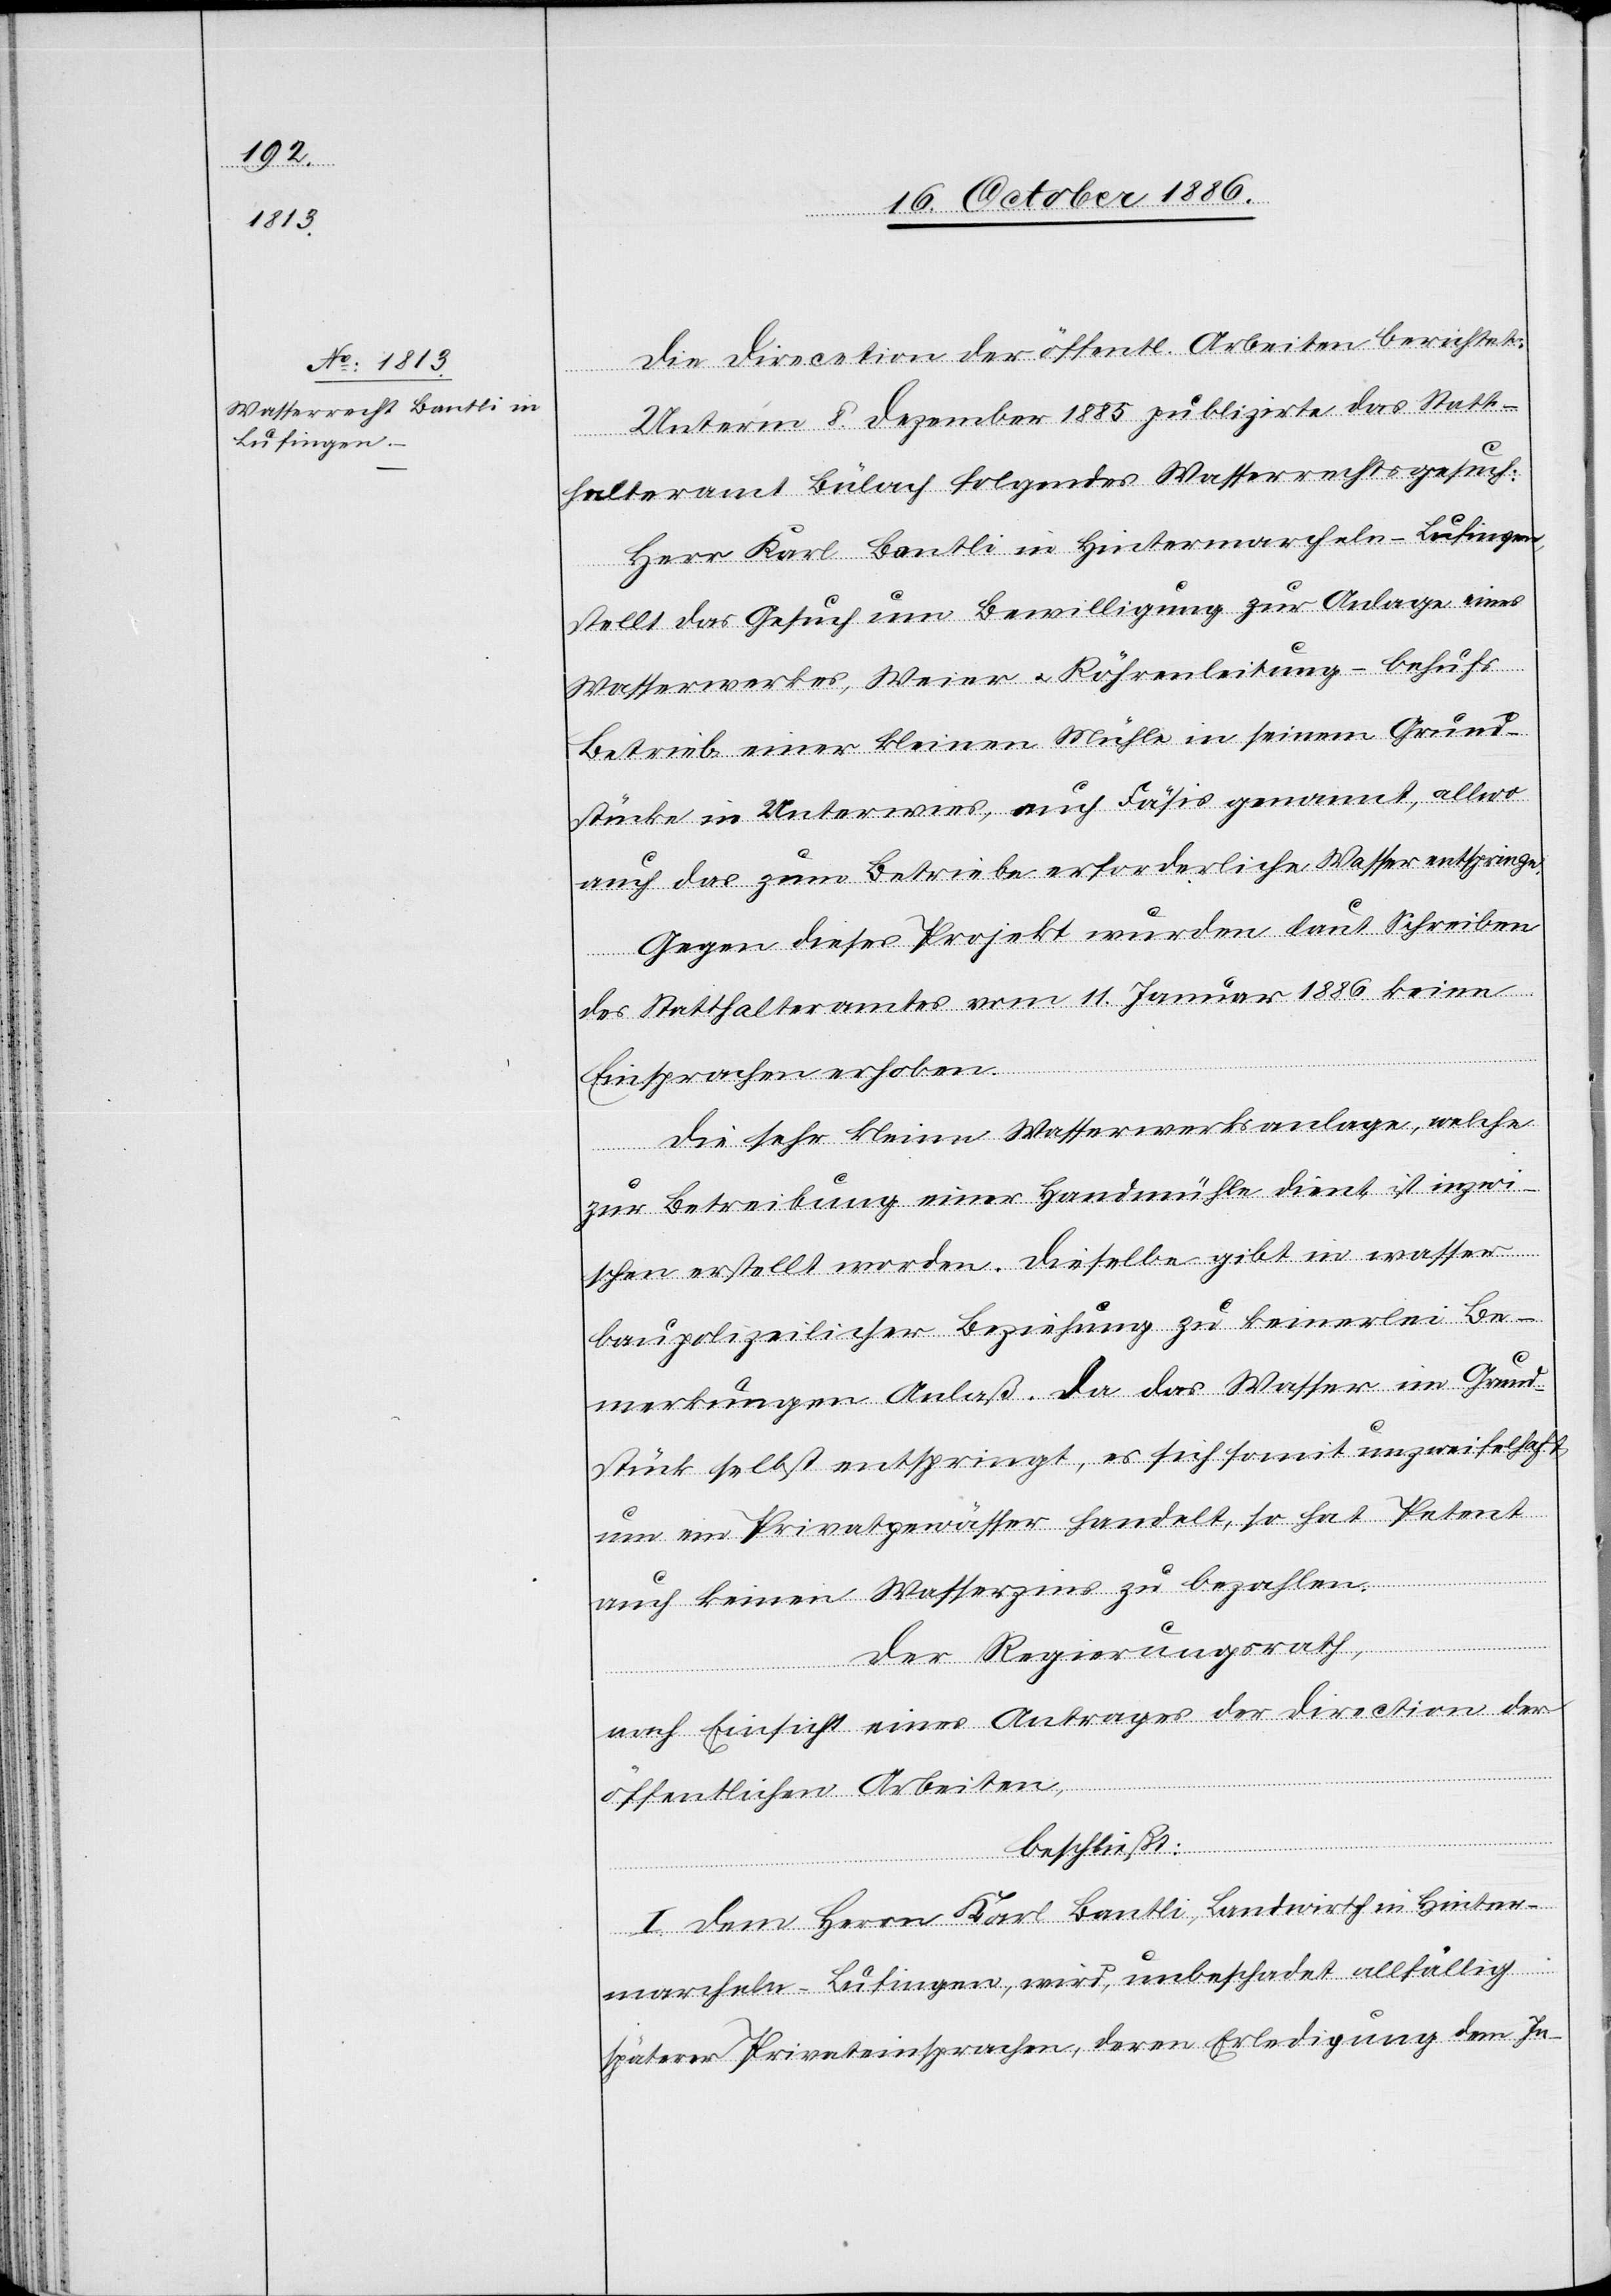
Die Direction der öffentl. Arbeiten berichtet:
Unterm 8. Dezember 1885 publizirte das Statt¬
halteramt Bülach folgendes Wasserrechtsgesuch:
Herr Karl Bantli in Hintermarcheln - Lufingen,
stellt das Gesuch um Bewilligung zur Anlage eines
Wasserwerkes, Weier & Röhrenleitung – behufs
Betrieb einer kleinen Mühle in seinem Grund¬
stücke in Unterwies, auch Fäsis genannt, allwo
auch das zum Betriebe erforderliche Wasser entspringe.
Gegen dieses Projekt wurden laut Schreiben
des Statthalteramtes vom 11. Januar 1886 keine
Einsprachen erhoben.
Die sehr kleine Wasserwerksanlage, welche
zur Betreibung einer Handmühle dient, ist inzwi¬
schen erstellt worden. Dieselbe gibt in wasser¬
baupolizeilicher Beziehung zu keinerlei Be¬
merkungen Anlaß. Da das Wasser im Grund¬
stück selbst entspringt, es sich somit unzweifelhaft
um ein Privatgewässer handelt, so hat Petent
auch keinen Wasserzins zu bezahlen.
Der Regierungsrath,
nach Einsicht eines Antrages der Direction der
öffentlichen Arbeiten,
beschließt:
I. Dem Herrn Karl Bantli, Landwirth in Hinter¬
marcheln - Lufingen, wird, unbeschadet allfällig
späterer Privateinsprachen, deren Erledigung dem In-